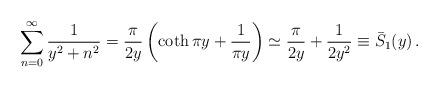
LaTeX: \begin{align*}\sum_{n=0}^{\infty}\frac{1}{y^2+n^2}=\frac{\pi}{2y}\left (\coth \pi y+\frac{1}{\pi y}\right )\simeq \frac{\pi}{2y} +\frac{1}{2y^2}\equiv \bar S_1(y)\,{.}\end{align*}